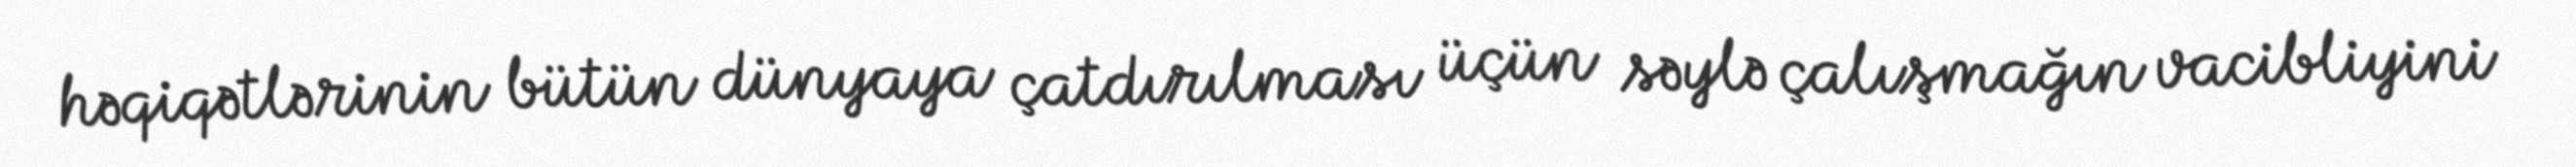
həqiqətlərinin bütün dünyaya çatdırılması üçün səylə çalışmağın vacibliyini